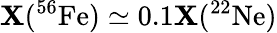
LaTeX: \mathbf{X}(^{56}\mathrm{{Fe}})\simeq0.1\mathbf{X}(^{22}\mathrm{{Ne}})